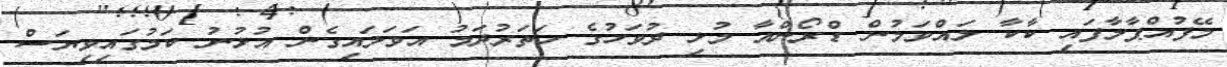
މޭފުއްޕާލާފައި ކާކާ ލައްވަމުން ޑްރޯންއާ މުޅި ދުވަހުގެ ހަތަރުދަމު އަވަލައިގެން އުޅުނު ކަމުގައިވިޔަސް